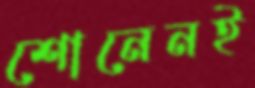
শোনেনই